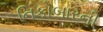
નિકોબારની